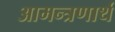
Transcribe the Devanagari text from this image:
आमन्त्रणार्थ